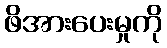
ဖိအားပေးမှုကို